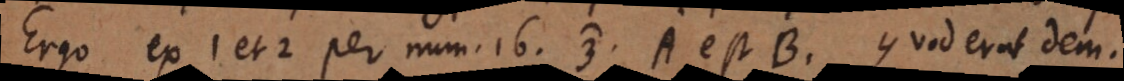
Ergo ex 1 et 2 per num. 16 (3) A est B. Quod erat dem.